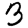
Digit: 3